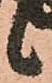
候